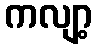
ကလျာ့